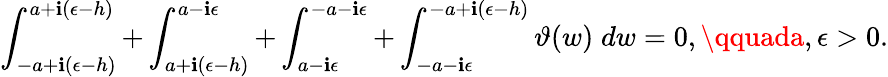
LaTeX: \int_{-a+\mathbf{i}(\epsilon-h)}^{a+\mathbf{i}(\epsilon-h)}+\int_{a+\mathbf{i}(\epsilon-h)}^{a-\mathbf{i}\epsilon}+\int_{a-\mathbf{i}\epsilon}^{-a-\mathbf{i}\epsilon}+\int_{-a-\mathbf{i}\epsilon}^{-a+\mathbf{i}(\epsilon-h)}\vartheta(w)\; dw=0,\qquada,\epsilon>0.